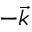
- \vec { k }